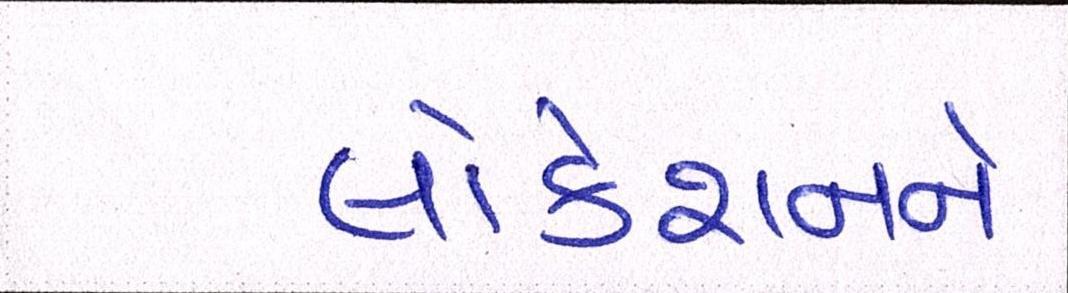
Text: લોકેશનને